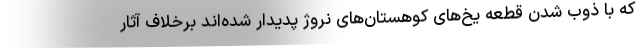
که با ذوب شدن قطعه یخ‌های کوهستان‌های نروژ پدیدار شده‌اند برخلاف آثار